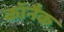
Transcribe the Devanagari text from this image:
कॉनैक